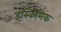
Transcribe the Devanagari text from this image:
इस्किमिक